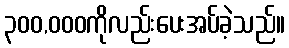
၃၀၀,၀၀၀ကိုလည်းပေးအပ်ခဲ့သည်။